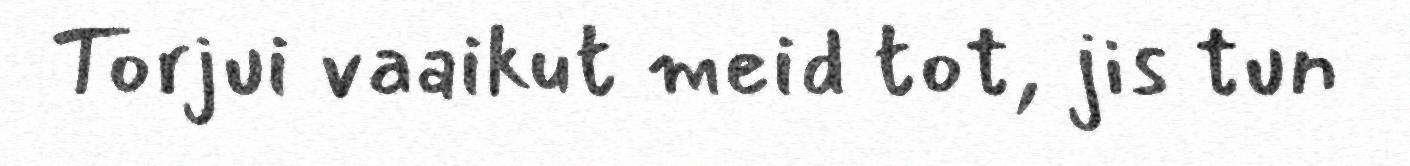
Torjui vaaikut meid tot, jis tun